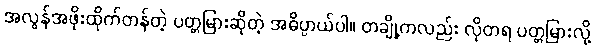
အလွန်အဖိုးထိုက်တန်တဲ့ ပတ္တမြားဆိုတဲ့ အဓိပ္ပာယ်ပါ။ တချို့ကလည်း လိုတရ ပတ္တမြားလို့